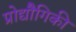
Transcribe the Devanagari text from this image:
प्रोद्यौेगिकी